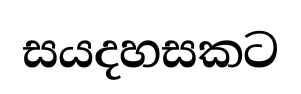
සයදහසකට